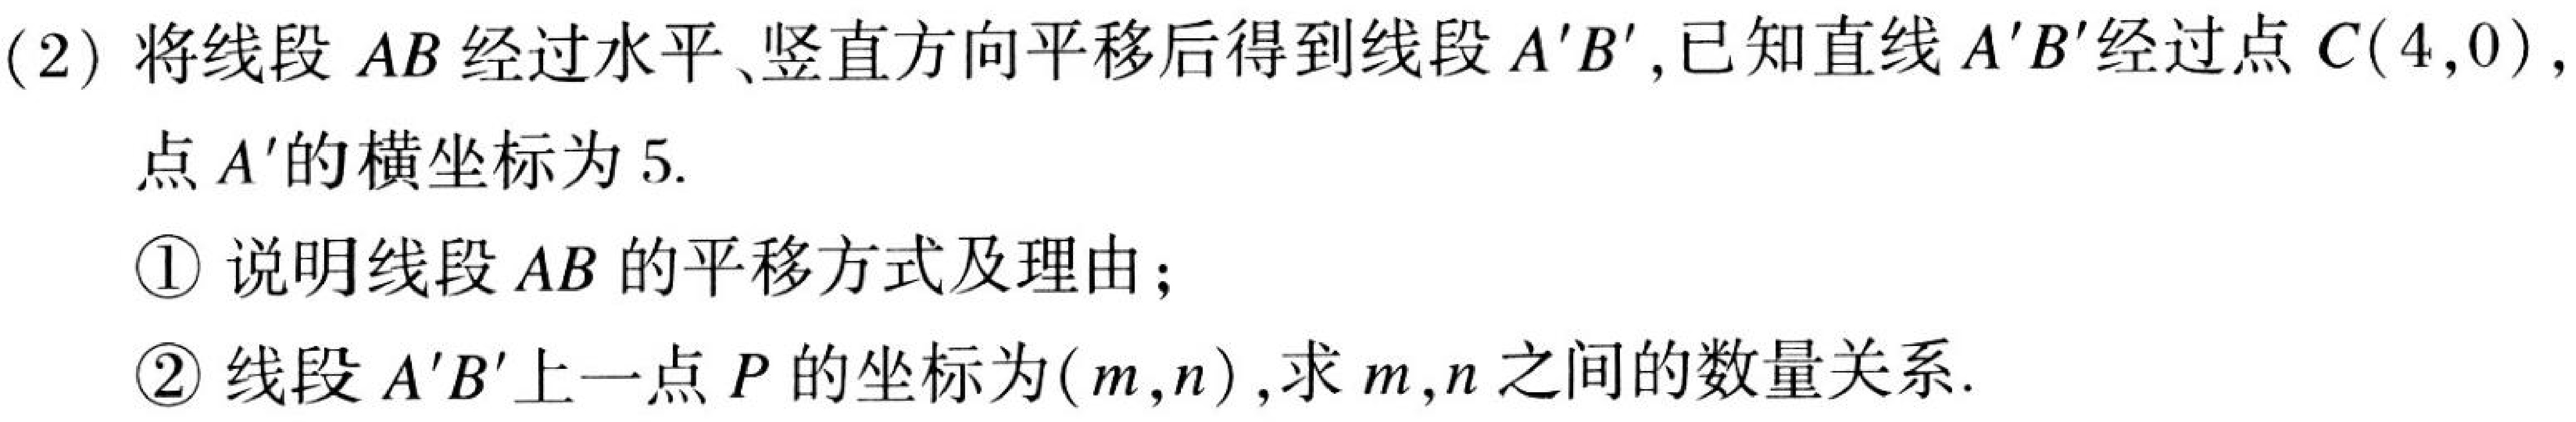
(2) 将线段 \(AB\) 经过水平、竖直方向平移后得到线段 \(A'B'\),已知直线 \(A'B'\)经过点 \(C(4,0)\),
点 \(A'\)的横坐标为 \(5\).
\textcircled{1} 说明线段 \(AB\) 的平移方式及理由；
\textcircled{2} 线段 \(A'B'\)上一点 \(P\)的坐标为\((m,n)\),求 \(m,n\)之间的数量关系.